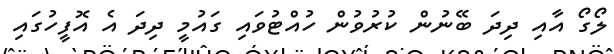
ލޯގޯ އާއި ދިދަ ބޭނުން ކުރުވުން ހުއްޓުވައި ގައުމީ ދިދަ އެ އޮފީހުގައި